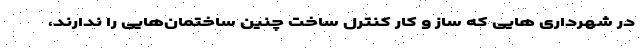
در شهرداری هایی که ساز و کار کنترل ساخت چنین ساختمان‌هایی را ندارند،